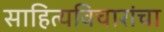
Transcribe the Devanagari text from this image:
साहित्यविचारांचा